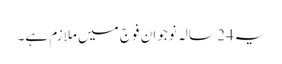
یہ24 سالہ نوجوان فوج میں ملازم ہے۔